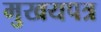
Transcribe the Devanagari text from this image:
मुखयपत्र